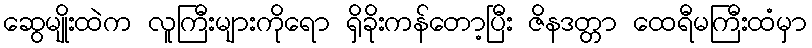
ဆွေမျိုးထဲက လူကြီးများကိုရော ရှိခိုးကန်တော့ပြီး ဇိနဒတ္တာ ထေရီမကြီးထံမှာ